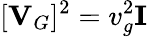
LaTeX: [{\mathbf V}_{G}]^{2}=v_{g}^{2}{\mathbf I}